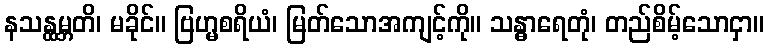
နသန္ထမ္ဘတိ၊ မခိုင်။ ဗြဟ္မစရိယံ၊ မြတ်သောအကျင့်ကို။ သန္ဓာရေတုံ၊ တည်စိမ့်သောငှာ။